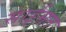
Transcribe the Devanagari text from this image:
साईमत